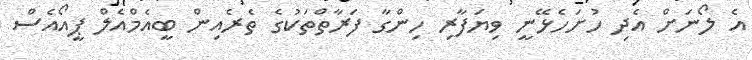
އެ ލޯނަށް އެދި ހުށަހެޅޭނީ ވިޔަފާރި ހިންގާ ފަރާތްތަކުގެ ތެރެއިން ބީއެމްއެލް ޕީއޯއެސް